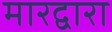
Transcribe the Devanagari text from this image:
मारद्वारा